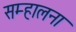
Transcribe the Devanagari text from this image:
सम्हालना